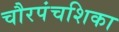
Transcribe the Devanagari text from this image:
चौरपंचशिका